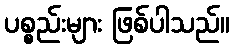
ပစ္စည်းများ ဖြစ်ပါသည်။